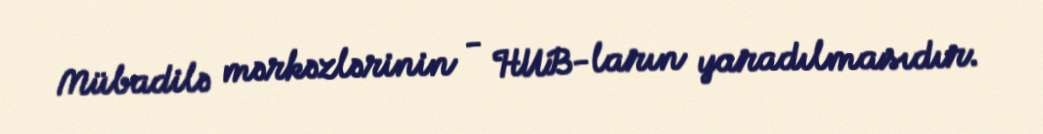
Mübadilə mərkəzlərinin - HUB-ların yaradılmasıdır.